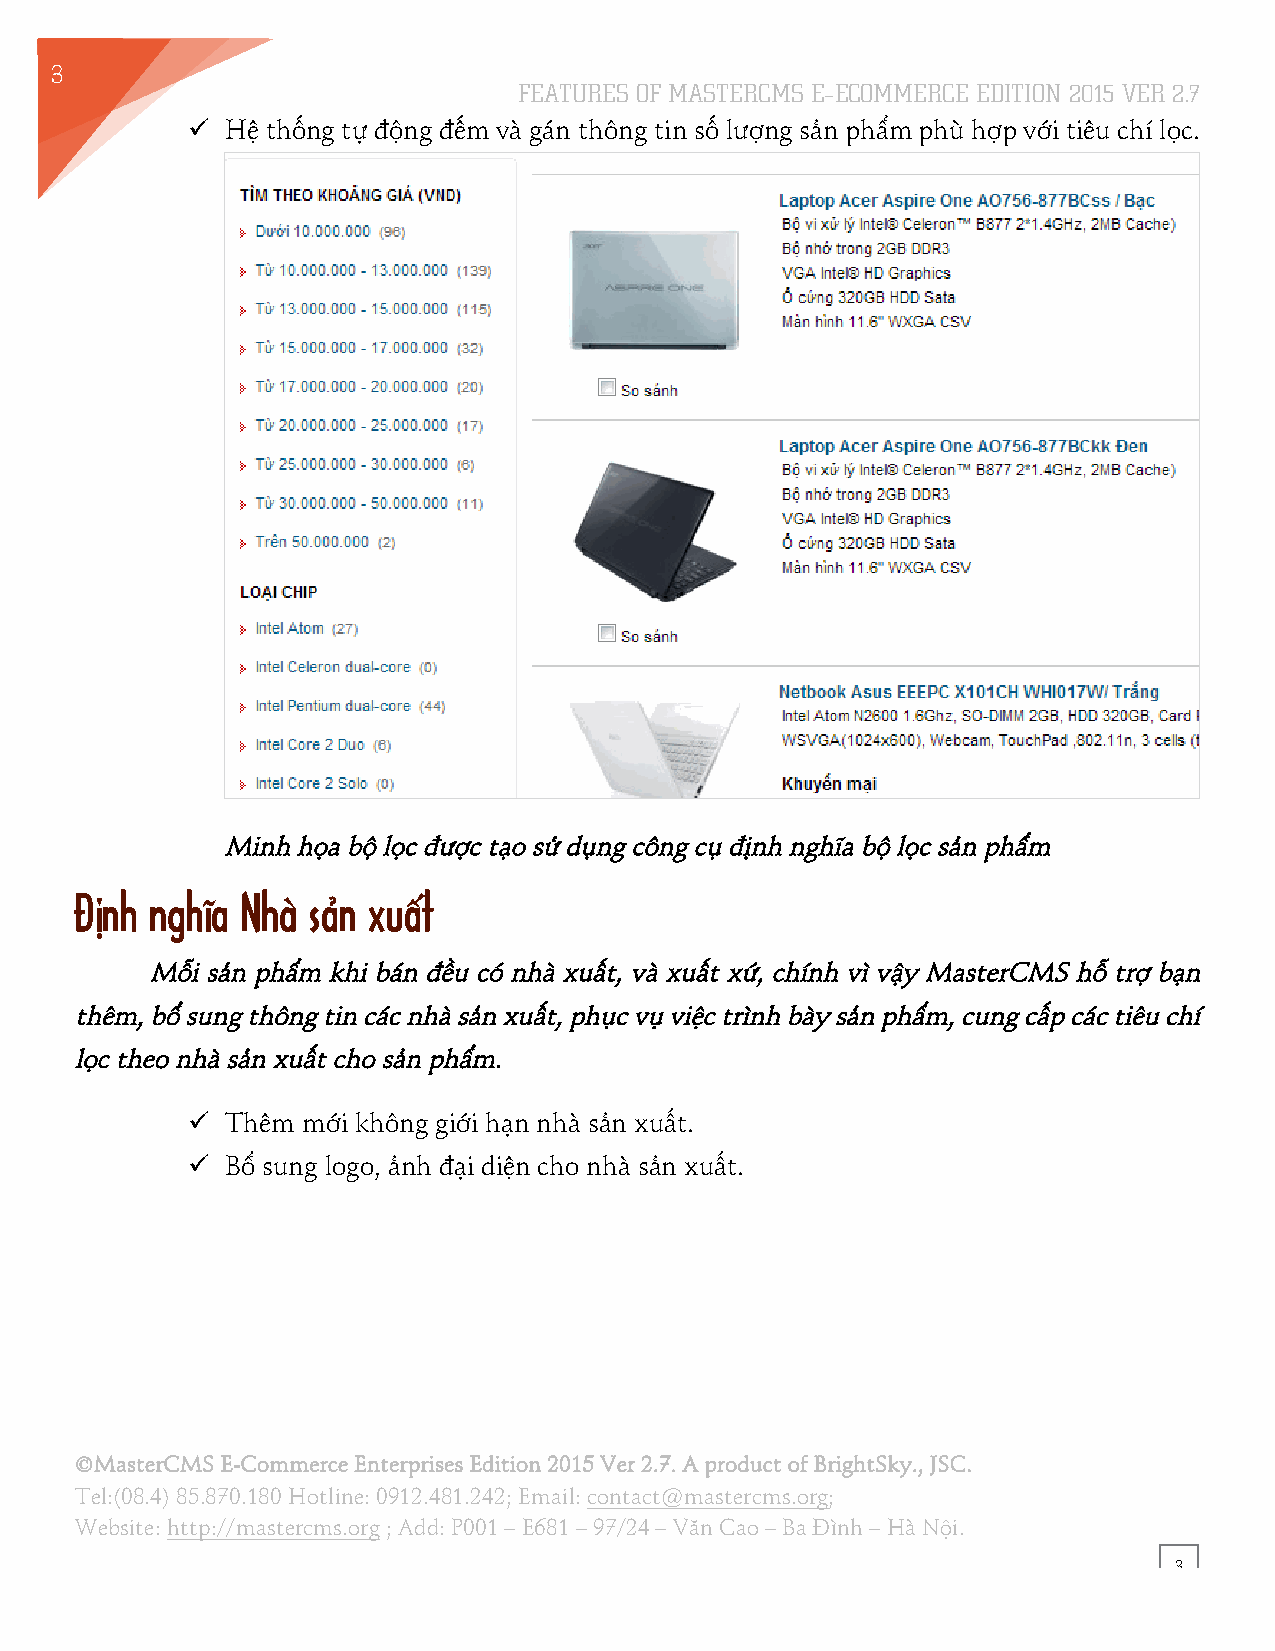
3
 FEATURES OF MASTERCMS E–ECOMMERCE EDITION 2015 VER 2.7
 2
 !! Hệ thống tự động đếm và gán thông tin số lượng sản phẩm phù hợp với tiêu chí lọc.
 Minh họa bộ lọc được tạo sử dụng công cụ định nghĩa bộ lọc sản phẩm
 Định nghĩa Nhà sản xuất
 Mỗi sản phẩm khi bán đều có nhà xuất, và xuất xứ, chính vì vậy MasterCMS hỗ trợ bạn
 thêm, bổ sung thông tin các nhà sản xuất, phục vụ việc trình bày sản phẩm, cung cấp các tiêu chí
 lọc theo nhà sản xuất cho sản phẩm.
 !! Thêm mới không giới hạn nhà sản xuất.
 !! Bổ sung logo, ảnh đại diện cho nhà sản xuất.
 ©MasterCMS E-Commerce Enterprises Edition 2015 Ver 2.7. A product of BrightSky., JSC.
 Tel:(08.4) 85.870.180 Hotline: 0912.481.242; Email: contact@mastercms.org;
 Website: http://mastercms.org ; Add: P001 – E681 – 97/24 – Văn Cao – Ba Đình – Hà Nội.
 3